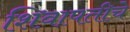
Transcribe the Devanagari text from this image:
शिवापतीचे